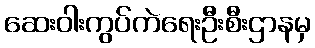
ဆေးဝါးကွပ်ကဲရေးဦးစီးဌာနမှ